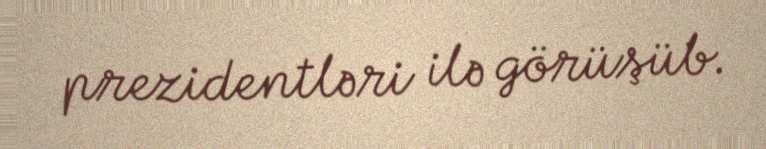
prezidentləri ilə görüşüb.